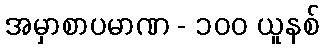
အမှာစာပမာဏ - ၁၀၀ ယူနစ်